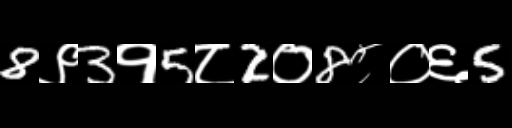
Text: 8९3१5८2०8८०६5